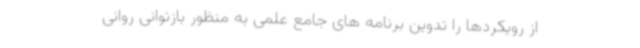
از رویکردها را تدوین برنامه های جامع علمی به منظور بازتوانی روانی